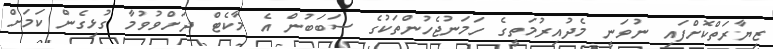
ޒިޔާރަތްކޮށްފައި ނުވަނީ މެދުއިރުމަތީގެ ހަމަނުޖެހުންތަކުގެ ސަބަބުން އެ މާކެޓް ދަށްވުވުމާ ގުޅިގެން ކަމަށް